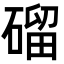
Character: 磂